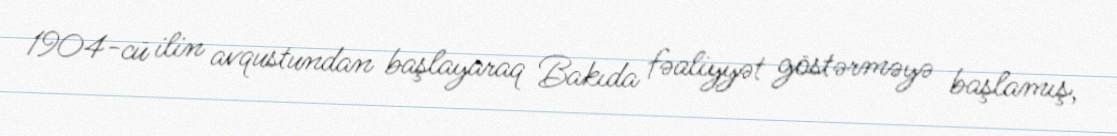
1904-cü ilin avqustundan başlayaraq Bakıda fəaliyyət göstərməyə başlamış,